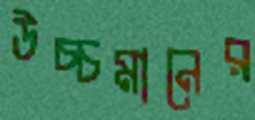
উচ্চমানের